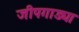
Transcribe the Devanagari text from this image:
जीपगाड्या